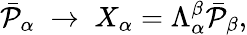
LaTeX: \bar{{\cal P}}_{\alpha}\; \rightarrow\; X_{\alpha}=\Lambda_{\alpha}^{\beta}\bar{{\cal P}}_{\beta},